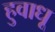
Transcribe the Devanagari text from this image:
हुवाधू